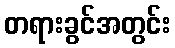
တရားခွင်အတွင်း